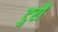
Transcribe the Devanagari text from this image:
टुर्रों